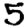
Digit: 5